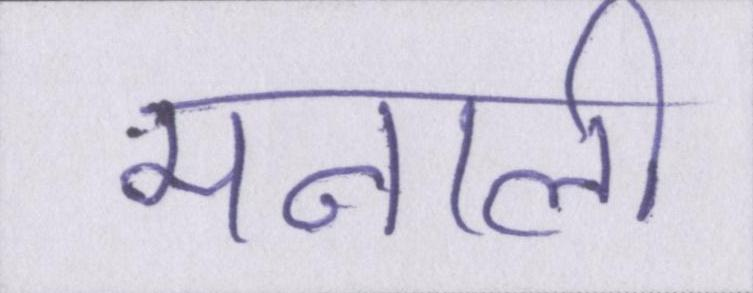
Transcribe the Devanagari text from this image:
मनाली